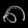
Digit: ၈